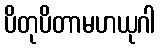
ပိတုပိတာမဟယုဂါ